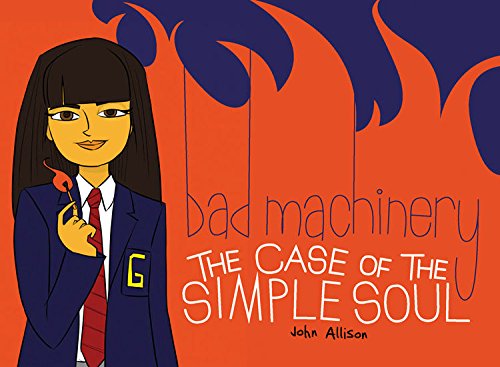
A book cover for Bad Machinery Volume 3: The Case of the Simple Soul; John Allison; Humor & Entertainment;